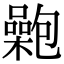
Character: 𡂟